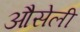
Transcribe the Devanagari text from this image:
औसेली